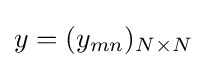
y=(y_{mn})_{N\times {N}}